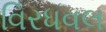
વિરધવલ